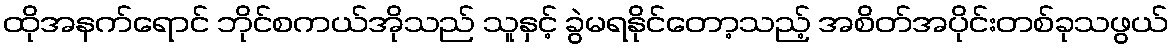
ထိုအနက်ရောင် ဘိုင်စကယ်အိုသည် သူနှင့် ခွဲမရနိုင်တော့သည့် အစိတ်အပိုင်းတစ်ခုသဖွယ်